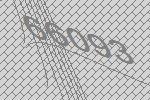
66093